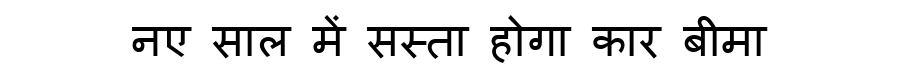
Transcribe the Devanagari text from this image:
नए साल में सस्ता होगा कार बीमा